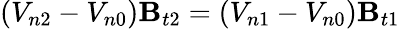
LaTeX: (V_{n2}-V_{n0})\mathbf{B}_{t2}=(V_{n1}-V_{n0})\mathbf{B}_{t1}